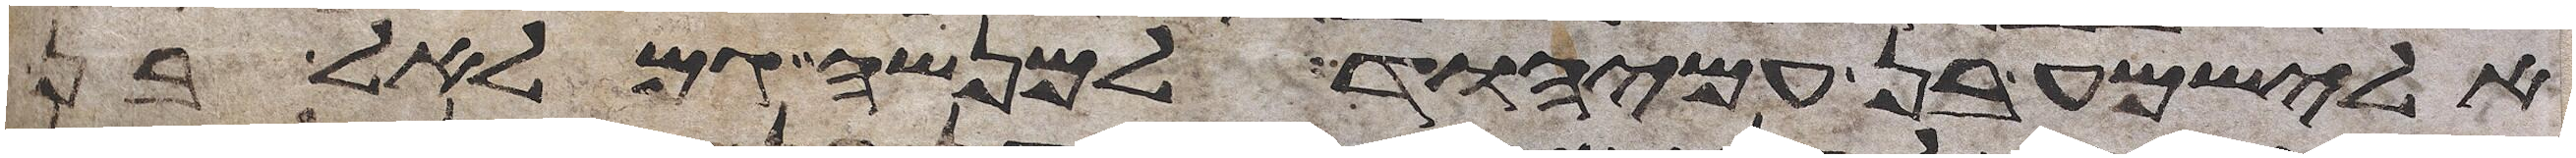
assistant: אלישמע בן עמיהוד למנשה גמלאל בן